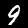
Label: 9